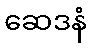
ဆေဒနံ